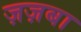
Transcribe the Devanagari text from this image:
ज़ज़बा